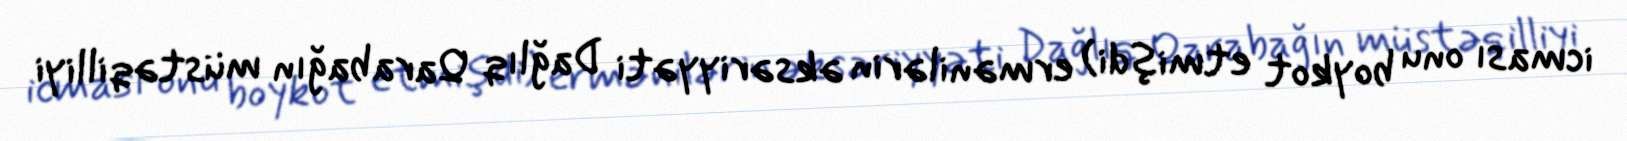
icması onu boykot etmişdi) ermənilərin əksəriyyəti Dağlıq Qarabağın müstəqilliyi